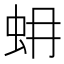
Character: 蚦